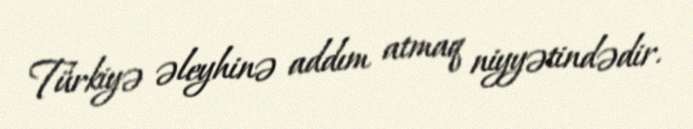
Türkiyə əleyhinə addım atmaq niyyətindədir.